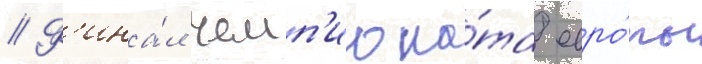
// Ф'ина́л чемп'иона́та евро́пы